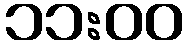
၁၁:၀၀